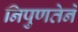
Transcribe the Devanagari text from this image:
निपुणतेने